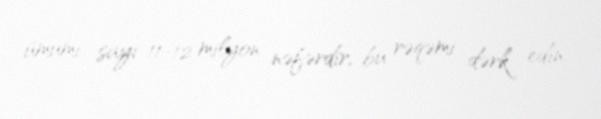
ümumi sayı 11-12 milyon nəfərdir, bu rəqəmi dərk edin.